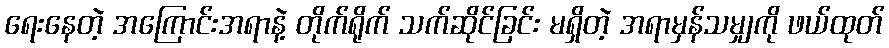
ရေးနေတဲ့ အကြောင်းအရာနဲ့ တိုက်ရိုက် သက်ဆိုင်ခြင်း မရှိတဲ့ အရာမှန်သမျှကို ဖယ်ထုတ်